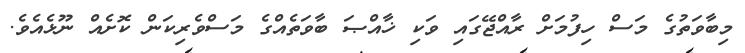
މިބާވަތުގެ މަސް ހިފުމަށް ރާއްޖޭގައި ވަކި ޚާއްޞަ ބާވަތެއްގެ މަސްވެރިކަން ކޮށެއް ނޫޅެއެވެ.